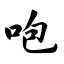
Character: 咆